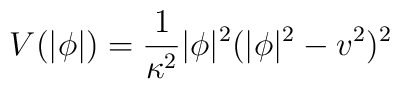
V(|\phi|)=\frac{1}{\kappa^2}|\phi|^2(|\phi|^2-v^2)^2